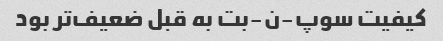
کیفیت سوپ-ن-بت به قبل ضعیف‌تر بود